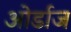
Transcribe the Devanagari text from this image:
ओर्डाज